Annual report of the Central Committee of the Association together with the report of the directors of the Pasteur Institute at Kasauli
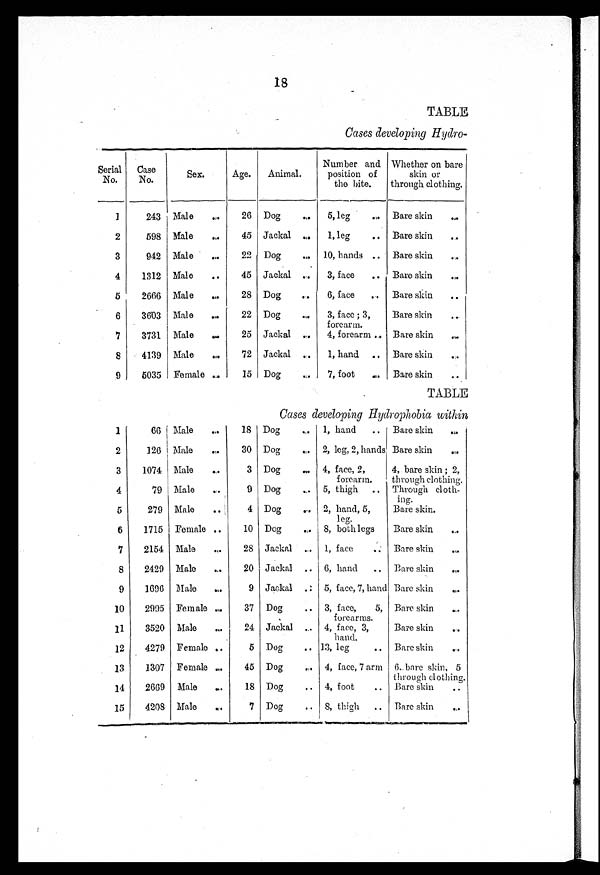
18
TABLE
Cases developing Hydro-
Serial
No.
Case
No.
Sex.
Age. Animal.
Number and
position of
the bite.
Whether on bare
skin or
through clothing.
1
243 Male
26 Dog
5, leg
Bare skin
2
598 Male
45 Jackal
1, leg
Bare skin
3
942 Male
22 Dog
10, hands
Bare skin
4
1312 Male
45 Jackal
3, face
Bare skin
5
2666 Male
28 Dog
6, face
Bare skin
6
3603 Male
22 Dog
3, face; 3,
forearm.
Bare skin
7
3731 Male
25 Jackal
4, forearm
Bare skin
8
4139 Male
72 Jackal
1, hand
Bare skin
9
5035 Female
15 Dog
7, foot
Bare skin
TABLE
Cases developing Hydrophobia within
1
66 Male
18 Dog
1, hand
Bare skin
2
126 Male
30 Dog
2, leg, 2, hands Bare skin
3
1074 Male
3 Dog
4, face, 2,
forearm.
4, bare skin; 2,
through clothing.
4
79 Male
9 Dog
5, thigh
Through cloth-
ing.
5
279 Male
4 Dog
2, hand, 5,
leg.
Bare skin.
6
1715 Female
10 Dog
8, both legs
Bare skin
7
2154 Male
28 Jackal
1, face
Bare skin
8
2429 Male
20 Jackal
6, hand
Bare skin
9
1696 Male
9 Jackal
5, face, 7, hand Bare skin
10
2995 Female
37 Dog
3, face,
5,
forearms.
Bare skin
11
3520 Male
24 Jackal
4, face, 3,
hand.
Bare skin
12
4279 Female
5 Dog
13, leg
Bare skin
13
1307 Female
45 Dog
4, face, 7 arm 6, bare skin, 5
through clothing.
14
2669 Male
18 Dog
4, foot
Bare skin
15
4208 Male
7 Dog
8, thigh
Bare skin